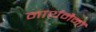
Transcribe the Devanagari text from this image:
नार्थमैनों